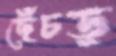
ছেঁচড়